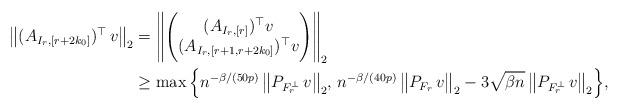
LaTeX: \begin{align*} \big\| (A_{I_r,[r+2k_0]})^\top \,v\big\|_2 &= \Bigg\| \Bigg( \begin{matrix} (A_{I_r,[r]})^\top v \\ (A_{I_r,[r+1,r+2k_0]})^\top v \end{matrix} \Bigg) \Bigg\|_2\\&\ge \max \Big\{ n^{-\beta/(50p)}\,\big\|P_{F_r^\perp}\,v\big\|_2 ,\, n^{-\beta/(40p)} \,\big\|P_{F_r}\,v\big\|_2 - 3\sqrt{\beta n} \,\big\|P_{F_r^\perp}\,v\big\|_2\Big\},\end{align*}